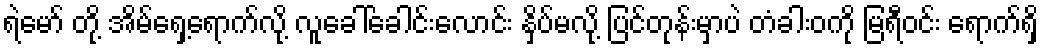
ရဲမော် တို့ အိမ်ရှေ့ရောက်လို့ လူခေါ်ခေါင်းလောင်း နှိပ်မလို့ ပြင်တုန်းမှာပဲ တံခါးဝကို မြရီဝင်း ရောက်ရှိ